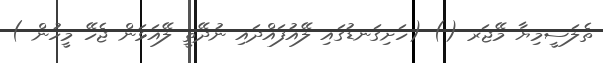
ތެލަސީމިޔާ މޭޖަރ () (ހަށިގަނޑުގައި ލޭއުފައްދައި ނުދޭތީ ލޭއަޅަން ޖެހޭ މީހުން )